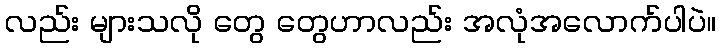
လည်း များသလို တွေ တွေဟာလည်း အလုံအလောက်ပါပဲ။